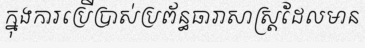
ក្នុងការប្រើប្រាស់ប្រព័ន្ធធារាសាស្ត្រដែលមាន